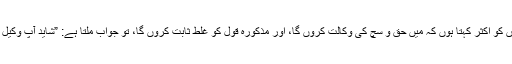
مَیں اپنے دوستوں کو اکثر کہتا ہوں کہ میں حق و سچ کی وکالت کروں گا، اور مذکورہ قول کو غلط ثابت کروں گا، تو جواب ملتا ہے: ”شاید آپ وکیل نہیں بننا چاہتے۔